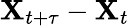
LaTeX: \mathbf{X}_{t+\tau}-\mathbf{X}_{t}